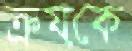
ক্রয়কে